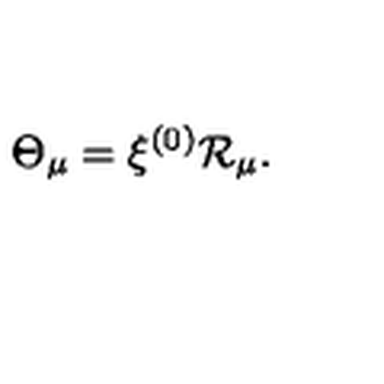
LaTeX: \Theta _ { \mu } = \xi ^ { ( 0 ) } { \cal R } _ { \mu } .